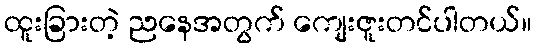
ထူးခြားတဲ့ ညနေအတွက် ကျေးဇူးတင်ပါတယ်။